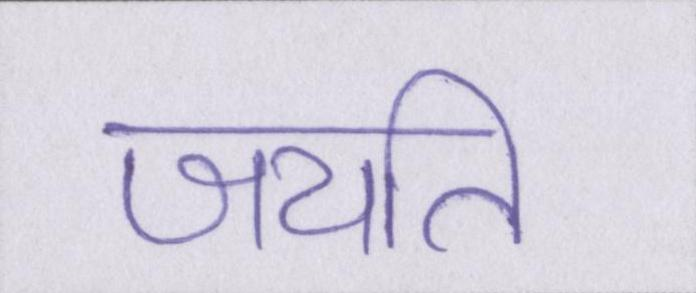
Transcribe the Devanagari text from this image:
जयति